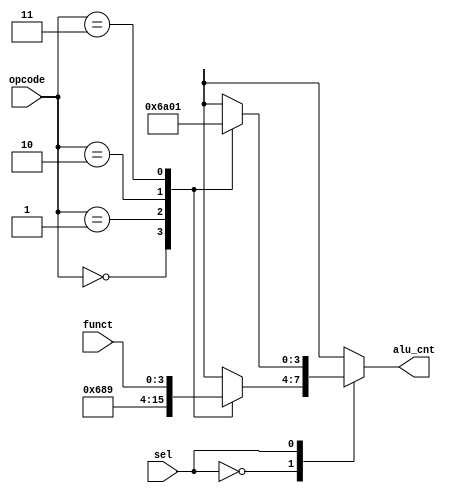
module alu_control(input[1:0]opcode,input[3:0]funct,input sel,output reg[3:0]alu_cnt);
always@(*)
    begin
    case(sel)
    1'b0:
        case(opcode)
        2'b00:
        alu_cnt=4'b0110;//ls
        2'b01:
        alu_cnt=4'b1000;//beq
        2'b10:
        alu_cnt=4'b1001;//bneq
        2'b11:
        alu_cnt=funct;
        endcase
    1'b1://imminst
        case(opcode)
        2'b00:
        alu_cnt=4'b0110;//addi
        2'b01:
        alu_cnt=4'b1010;//slti
        2'b10:
        alu_cnt=4'b0000;//ori
        2'b11:
        alu_cnt=4'b0001;//andi
        endcase
    endcase
    end
endmodule